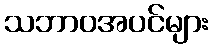
သဘာဝအပင်များ